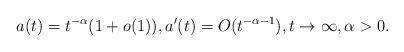
LaTeX: \begin{align*}a(t) = t^{- \alpha}(1 + o(1)), a'(t) = O(t^{-\alpha-1}), t \to \infty, \alpha > 0. \end{align*}